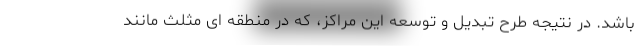
باشد. در نتیجه طرح تبدیل و توسعه این مراکز، که در منطقه ای مثلث مانند